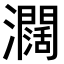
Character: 𤄃